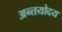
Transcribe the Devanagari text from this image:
अन्तयोदय